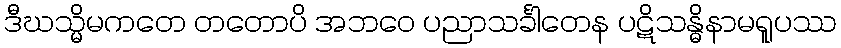
ဒီဃသ္မိမကတေ တတောပိ အဘဝေ ပညာသင်္ခါတေန ပဋိသန္ဓိနာမရူပဿ